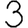
Digit: 3